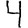
Digit: 4